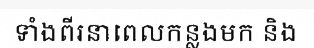
ទាំងពីរនាពេលកន្លងមក និង